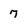
Character: 7